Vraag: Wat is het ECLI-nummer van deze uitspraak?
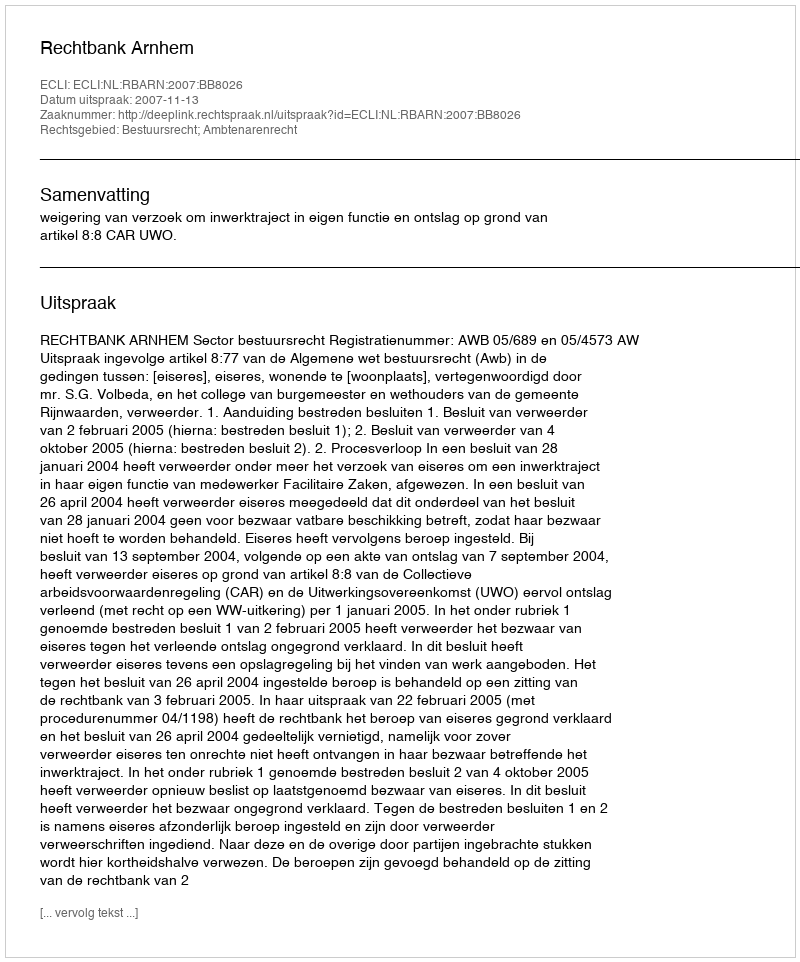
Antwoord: ECLI:NL:RBARN:2007:BB8026